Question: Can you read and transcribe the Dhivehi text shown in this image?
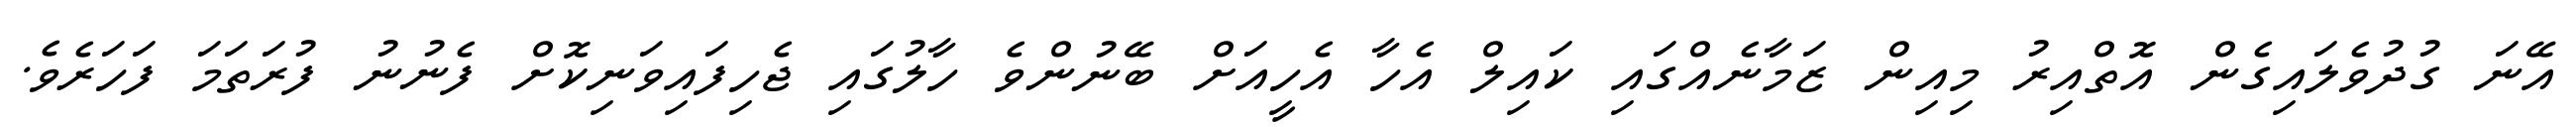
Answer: އޭނަ ގުދުވެލައިގެން އޮތްއިރު މިއިން ޒަމާނެއްގައި ކައިލް އެހާ އެހީއަށް ބޭނުންވެ ހާލުގައި ޖެހިފައިވަނިކޮށް ފެނުނު ފުރަތަމަ ފަހަރެވެ.